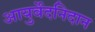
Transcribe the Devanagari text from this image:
आयुर्वेदनिदान